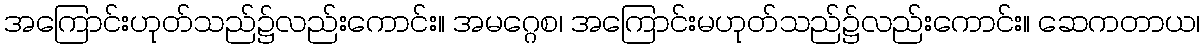
အကြောင်းဟုတ်သည်၌လည်းကောင်း။ အမဂ္ဂေစ၊ အကြောင်းမဟုတ်သည်၌လည်းကောင်း။ ဆေကတာယ၊